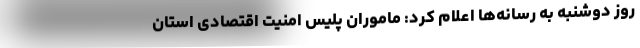
روز دوشنبه به رسانه‌ها اعلام کرد: ماموران پلیس امنیت اقتصادی استان